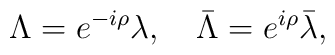
\Lambda = e^{-i\rho}\lambda,\quad\bar\Lambda = e^{i\rho}\bar\lambda,\quad